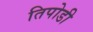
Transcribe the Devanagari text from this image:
तिपोडी